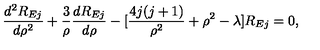
\frac { d ^ { 2 } R _ { E j } } { d \rho ^ { 2 } } + \frac { 3 } { \rho } \frac { d R _ { E j } } { d \rho } - [ \frac { 4 j ( j + 1 ) } { \rho ^ { 2 } } + \rho ^ { 2 } - \lambda ] R _ { E j } = 0 ,